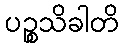
ပဉ္စသိခါတိ